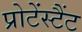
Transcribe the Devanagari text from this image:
प्रोटेंस्टैंट